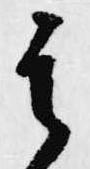
其